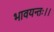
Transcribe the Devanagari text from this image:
भावयन्तः।।